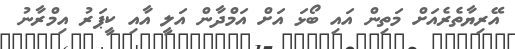
އޭރިޔާތެރެއަށް މަތިން އައި ބޯޅަ އަށް އަމްދާން އަލީ އާއި ކީޕަރު އިމްރާނު